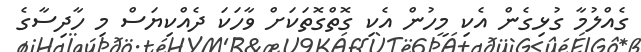
ގެއްލުމާ ގުޅިގެން އެކި މީހުން އެކި ގޮތްގޮތަކަށް ވާހަކަ ދެއްކިޔަސް މި ހާދިސާގެ